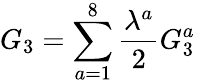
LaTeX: G_{3}=\sum_{a=1}^{8}\frac{\lambda^{a}}{2}G_{3}^{a}\,